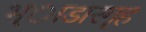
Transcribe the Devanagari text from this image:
भ्ाडारगृह